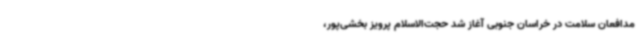
مدافعان سلامت در خراسان جنوبی آغاز شد حجت‌الاسلام پرویز بخشی‌پور،